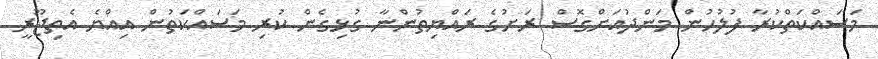
މަސައްކަތްކުރާ ފުލުހުން މަންދުއަށްގޮސް ރަށުގެ ރައްޔިތުންނާ ގުޅިގެން ކުރި މަސައްކަތުން އިއްޔެ އެތިޖޫރީ